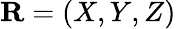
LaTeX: \mathbf{R}=(X,Y,Z)